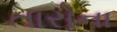
તારોના